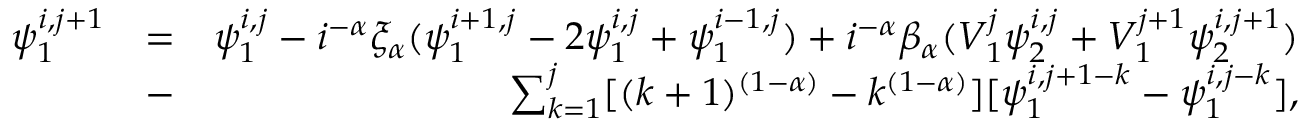
\begin{array} { r l r } { \psi _ { 1 } ^ { i , j + 1 } } & { = } & { \psi _ { 1 } ^ { i , j } - i ^ { - \alpha } \xi _ { \alpha } ( \psi _ { 1 } ^ { i + 1 , j } - 2 \psi _ { 1 } ^ { i , j } + \psi _ { 1 } ^ { i - 1 , j } ) + i ^ { - \alpha } \beta _ { \alpha } ( V _ { 1 } ^ { j } \psi _ { 2 } ^ { i , j } + V _ { 1 } ^ { j + 1 } \psi _ { 2 } ^ { i , j + 1 } ) } \\ & { - } & { \sum _ { k = 1 } ^ { j } [ ( k + 1 ) ^ { ( 1 - \alpha ) } - k ^ { ( 1 - \alpha ) } ] [ \psi _ { 1 } ^ { i , j + 1 - k } - \psi _ { 1 } ^ { i , j - k } ] , } \end{array}